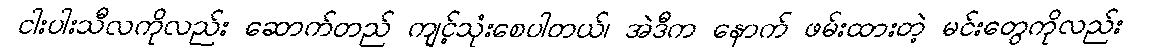
ငါးပါးသီလကိုလည်း ဆောက်တည် ကျင့်သုံးစေပါတယ်၊ အဲဒီက နောက် ဖမ်းထားတဲ့ မင်းတွေကိုလည်း